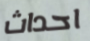
احداث